Vaccination in the Punjab 1919-1929 - 1919-1929
Year: 1919
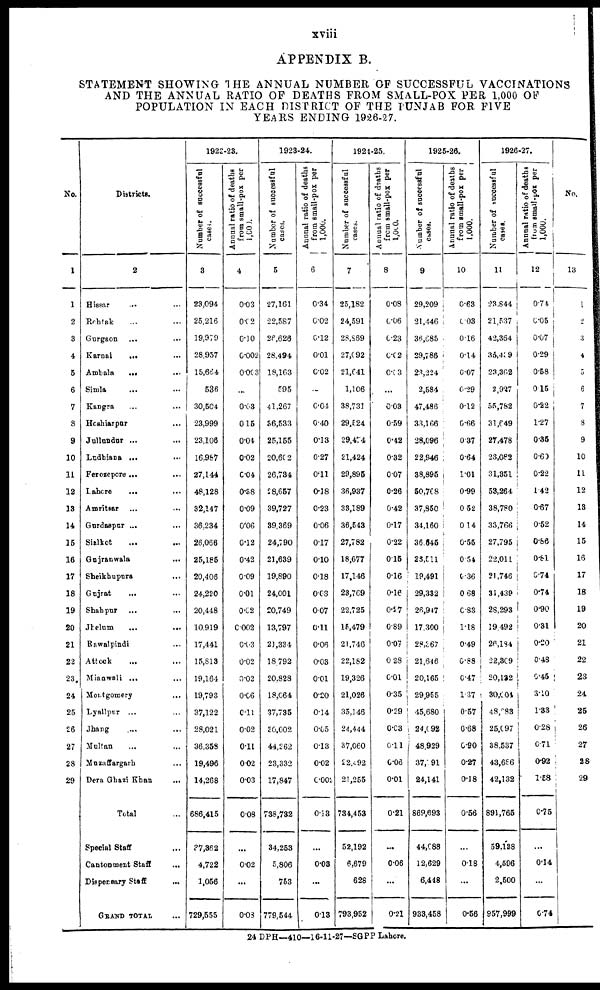
xviii
APPENDIX B.
STATEMENT SHOWING THE ANNUAL NUMBER OF SUCCESSFUL VACCINATIONS
AND THE ANNUAL RATIO OF DEATHS FROM SMALL-POX PER 1,000 OF
POPULATION IN EACH DISTRICT OF THE PUNJAB FOR FIVE
YEARS ENDING 1926-27.
No.
1
1
2
3
4
5
6
7
8
9
10
11
12
13
14
15
16
17
18
19
20
21
22
23
24
25
26
27
28
29
Districts.
2
Hissar ... ...
Rohtak ... ...
Gurgaon ... ...
Karnal ... ...
Ambala ... ...
Simla ... ...
Kangra ... ...
Hoshiarpur ...
Jullundur ... ...
Ludhiana ... ...
Ferozepore ... ...
Lahore ... ...
Amritsar ... ...
Gurdaspur ... ...
Sialkot ... ...
Gujranwala
...
Sheikhupura ...
Gujrat ... ...
Shahpur ... ...
Jhelum
...
...
Rawalpindi ... ...
Attock ... ...
Mianwali ... ...
Montgomery ... ...
Lyallpur ... ...
Jhang ... ...
Multan ... ...
Muzaffargarh ...
Dera Ghazi Khan
...
Total ...
Special Staff ...
Cantonment Staff
...
Dispensary Staff
...
GRAND TOTAL ...
1922-23.
Number of successful
cases.
3
23,094
25,216
19,979
28,957
15,664
536
30,504
23,999
23,106
16,987
27,144
48,128
32,147
36,234
26,066
25,185
20,406
24,220
20,448
10,919
17,441
15,813
19,164
19,793
37,122
28,021
36,358
19,496
14,268
686,415
37,362
4,722
1,056
729,555
Annual ratio of deaths
from small-pox per
1,000.
4
0.03
0.02
0.10
0.002
0.003
...
0.03
0.15
0.04
0.02
0.04
0.38
0.09
0.06
0.12
0.42
0.09
0.01
0.02
0.002
0.03
0.02
0.02
0.06
0.11
0.02
0.11
0.02
0.03
0.08
...
0.02
...
0.03
1923-24.
Number of successful
cases.
5
27,161
22,587
26,628
28,494
18,163
595
41,267
36,533
25,155
20,602
26,734
28,657
39,727
39,369
24,790
21,639
19,890
24,001
20,749
13,797
21,334
18,792
20.828
18,064
37,735
30,002
44,262
23,332
17,847
738,732
34,253
5,806
753
779,544
Annual ratio of deaths
from small-pox per
1,000.
6
0.34
0.02
0.12
0.01
0.02
0.04
0.40
0.13
0.27
0.11
0.18
0.23
0.06
0.17
0.10
0.18
0.03
0.07
0.11
0.06
0.03
0.01
0.20
0.14
0.05
0.13
0.02
0.002
0.13
...
0.03
...
0.13
1924-25.
Number of successful
cases.
7
25,182
24,591
28,869
27,092
21,641
1,106
38,731
29,524
29,474
21,424
29,895
36,937
33,189
36,543
27,782
18,677
17,146
23,769
22,725
15,479
21,746
22,182
19,326
21,026
35,146
24,444
37,060
22,492
21,255
734,453
52,192
6,679
628
793,952
Annual ratio of deaths
from small-pox per
8
0.08
0.06
0.23
0.02
0.03
...
0.03
0.59
0.42
0.32
0.07
0.26
0.42
0.17
0.22
0.15
0.16
0.16
0.27
0.89
0.07
0.28
0.01
0.35
0.29
0.03
0.11
0.06
0.01
0.21
...
0.06
...
0.21
1925-26.
Number of successful
9
29,209
21,446
36,685
29,786
23,224
2,584
47,486
33,166
28,096
22,946
38,895
50,768
37,850
34,160
36,645
23,511
19,491
29,332
26,947
17,300
28,367
21,646
20,165
29,955
45,680
24,092
48,929
37, 91
24,141
869,693
44,088
12,629
6,448
933,458
Annual ratio of deaths
from small-pox per
1,000.
10
0.63
0.03
0.16
0.14
0.07
0.29
0.12
0.66
0.37
0.64
1.01
0.99
0.52
0.14
0.55
0.54
0.36
0.68
0.83
1.18
0.49
0.88
0.47
1.37
0.57
0.68
0.90
0.27
0.18
0.56
...
0.18
...
0.58
1926-27.
Number of successful
cases.
11
23,844
21,537
42,364
35,439
23,362
2,927
55,782
31,649
27,478
23,082
31,351
53,264
38,780
33,766
27,795
22,011
21,746
31,439
28,293
19,492
26,184
22,309
20,132
30,004
48,383
25,097
38,537
43,686
42,132
891,765
59,138
4,596
2,500
957,999
Annual ratio of deaths
from
small-pox per
1,000.
12
0.74
0.05
0.07
0.29
0.58
0.15
0.22
1.27
0.35
0.60
0.22
1.42
0.67
0.52
0.86
0.81
0.74
0.74
0.90
0.31
0.20
0.48
0.45
3.10
1.33
0.28
0.71
0.92
1.58
0.75
...
0.14
...
0.74
No.
13
1
2
3
4
5
6
7
8
9
10
11
12
13
14
15
16
17
18
19
20
21
22
23
24
25
26
27
28
29
24 DPH—410—16-11-27—SGPP Lahore.